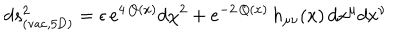
LaTeX: d s _ { \mathrm { ( v a c , 5 D ) } } ^ { 2 } = \epsilon \, e ^ { 4 \, Q ( x ) } d \chi ^ { 2 } + e ^ { - 2 \, Q ( x ) } \, h _ { \mu \nu } ( x ) \, d x ^ { \mu } d x ^ { \nu }